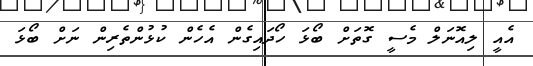
އެއީ ލިއޮނަލް މެސީ ގޮތަށް ބޯޅަ ހޯދައިގެން އެހެން ކުޅުންތެރިން ނަށް ބޯޅަ